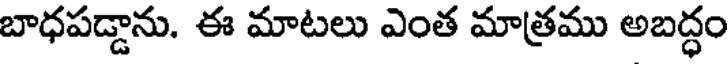
బాధపడ్డాను. ఈ మాటలు ఎంత మాత్రము అబద్ధం